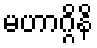
မဟာဂ္ဂိနိ